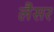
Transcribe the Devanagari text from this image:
लैसर